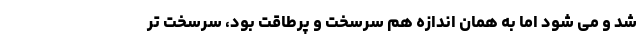
‌شد و می‌ شود اما به همان اندازه هم سرسخت و پرطاقت بود، سرسخت‌ تر